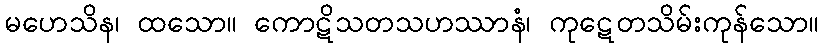
မဟေသိန၊ ထသော။ ကောဋိသတသဟဿာနံ၊ ကုဋေတသိမ်းကုန်သော။